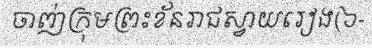
ចាញ់ក្រុមព្រះខ័នរាជស្វាយរៀង(៦-